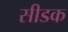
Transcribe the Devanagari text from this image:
सीडक